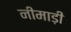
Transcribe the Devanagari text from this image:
नीमाड़ी